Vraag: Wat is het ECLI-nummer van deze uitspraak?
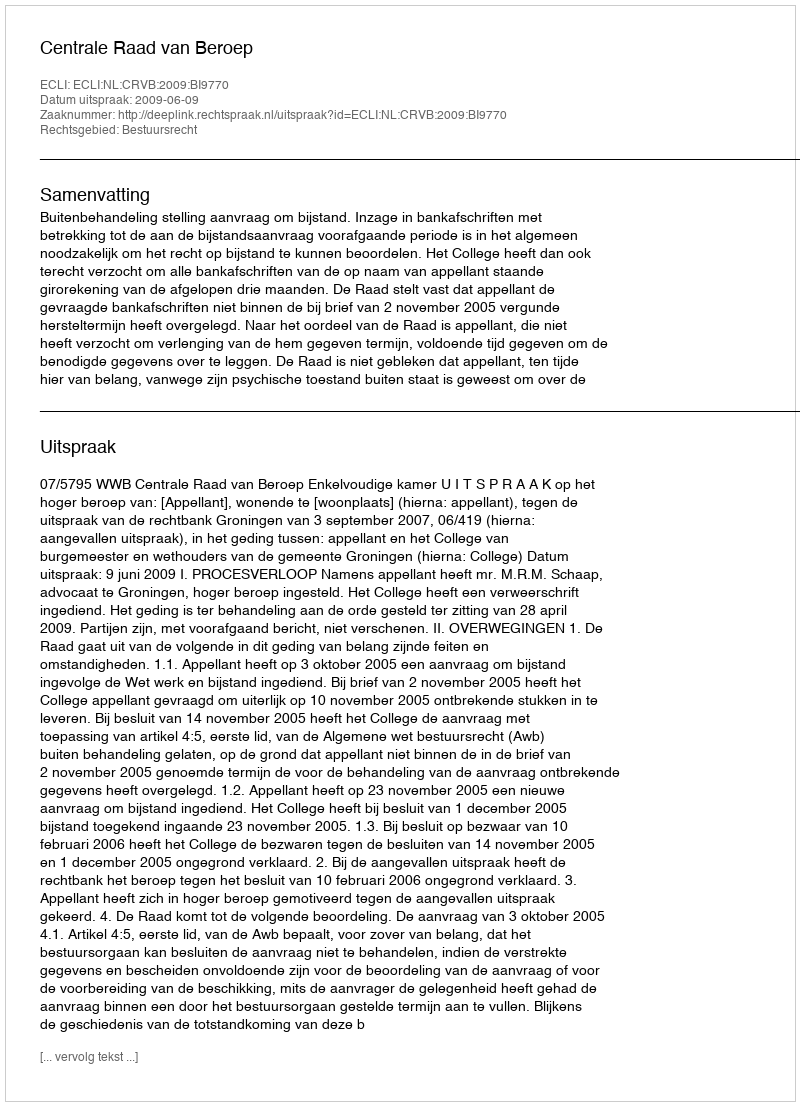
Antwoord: ECLI:NL:CRVB:2009:BI9770